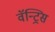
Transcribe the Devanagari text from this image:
वॅन्ट्रिस